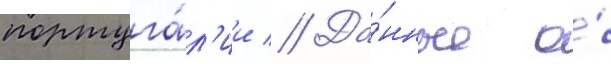
португа́л'ии // Да́нные о́